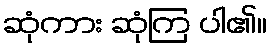
ဆုံကား ဆုံကြ ပါ၏။